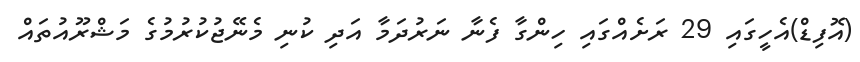
(އޮފިޑް)އެހީގައި 29 ރަށެއްގައި ހިންގާ ފެނާ ނަރުދަމާ އަދި ކުނި މެނޭޖުކުރުމުގެ މަޝްރޫއުތައް